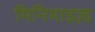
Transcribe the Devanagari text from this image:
मिनिमाइज़्ड